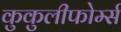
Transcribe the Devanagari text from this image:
कुकुलीफोर्म्स